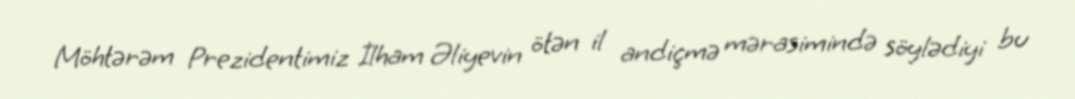
Möhtərəm Prezidentimiz İlham Əliyevin ötən il andiçmə mərasimində söylədiyi bu